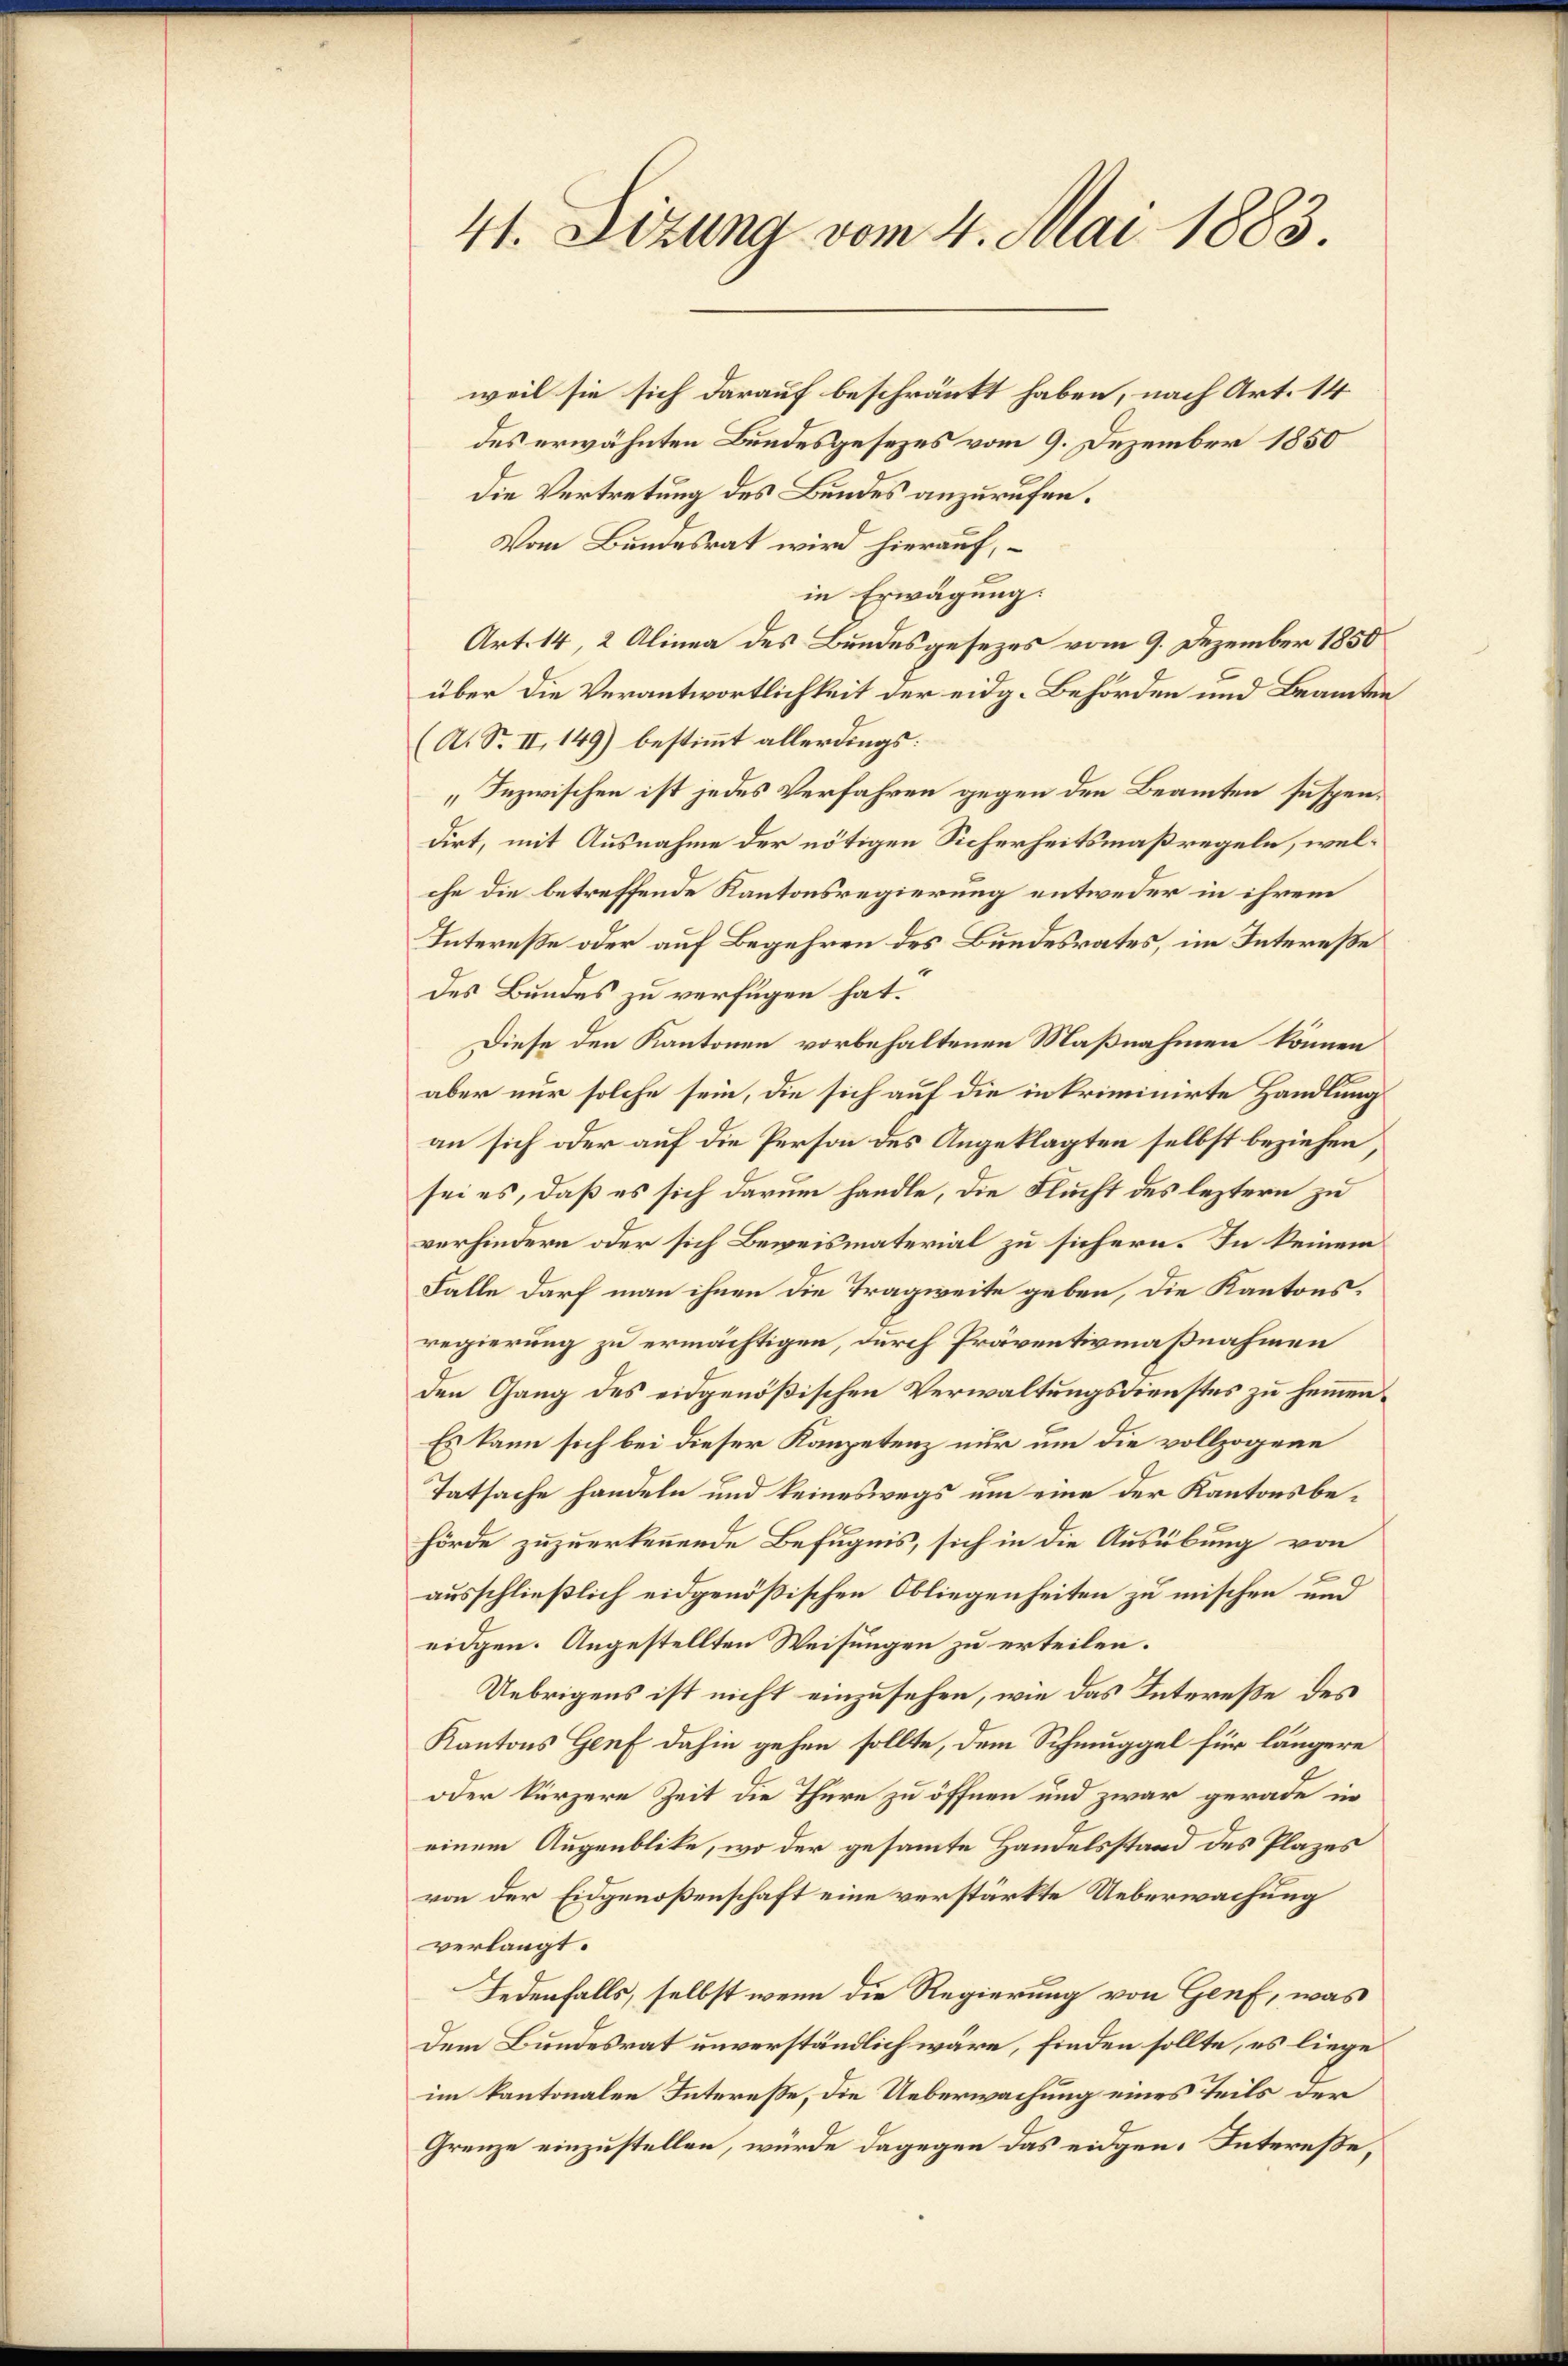
41. Sizung vom 4. Mai 1883

des erwähnten Bundesgesezes vom 9. Dezember 1850
Die Vertretung des Bundes anzurufen.
Vom Bundesrat wird hierauf,
in Erwägung:
Art. 14, 2 Alinea des Bundesgesezes vom 9. Dezember 1850
über die Verantwortlichkeit der eidg. Behörden und Beamten
(A. S. II, 149) bestimmt allerdings:
„Inzwischen ist jedes Verfahren gegen den Beamten suspendirt, mit Ausnahme der nötigen Sicherheitsmaßregeln, welche die betreffende Kantonsregierung entweder in ihrem
Intereße oder auf Begehren des Bundesrates, im Intereße
des Bundes zu verfügen hat.
Diese den Kantonen vorbehaltenen Maßnahmen können
aber nur solche sein, die sich auf die in kriminirte Handlung
an sich oder auf die Person des Angeklagten selbst beziehen
sei es, daß es sich darum handle, die Flucht des leztern zu
verhindern oder sich Beweismaterial zu sichern. In keinem
Falle darf man ihnen die Tragweite geben, die Kantonsregierung zu ermächtigen, durch Präventivmaßnahmen
den Gang des eidgenößischen Verwaltungsdienstes zu hemmen¬
Es kann sich bei dieser Kompetenz nur um die vollzogene
Tatsache handeln und keineswegs um eine der Kantonsbehörde zuzuerkennende Befugnis, sich in die Ausübung von
ausschließlich eidgenößischen Obliegenheiten zu mischen und
eidgen. Angestellten Weisungen zu erteilen.
Uebrigens ist nicht einzusehen, wie das Intereße des
Kantons Genf dahin gehen sollte, dem Schmuggel für längere
oder kürzere Zeit die Thüre zu öffnen und zwar gerade in
einem Augenblike, wo der gesammte Handelsstand des Plazes
von der Eidgenoßenschaft eine verstärkte Ueberwachung
verlangt.
Jedenfalls, selbst wenn die Regierung von Genf, was
Dem Bundesrat unverständlich wäre, finden sollte, es liege
im kantonalen Interesse, die Ueberwachung eines Teils der
Grenze einzustellen, würde dagegen das eidgen. Intereße,

weil sie sich darauf beschränkt haben, nach Art. 14